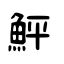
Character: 鮃